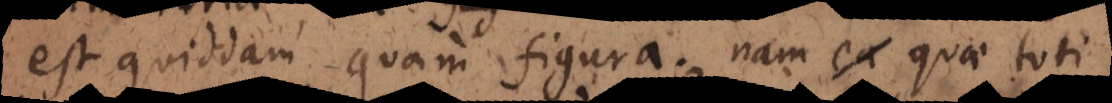
est quiddam quam figura; nam quae toti